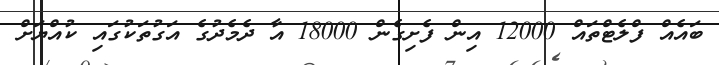
ބައެއް ފްލެޓްތައް 12000 އިން ފެށިގެން 18000 އާ ދެމެދުގެ އަގުތަކުގައި ކުއްޔަށް